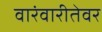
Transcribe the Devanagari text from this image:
वारंवारीतेवर